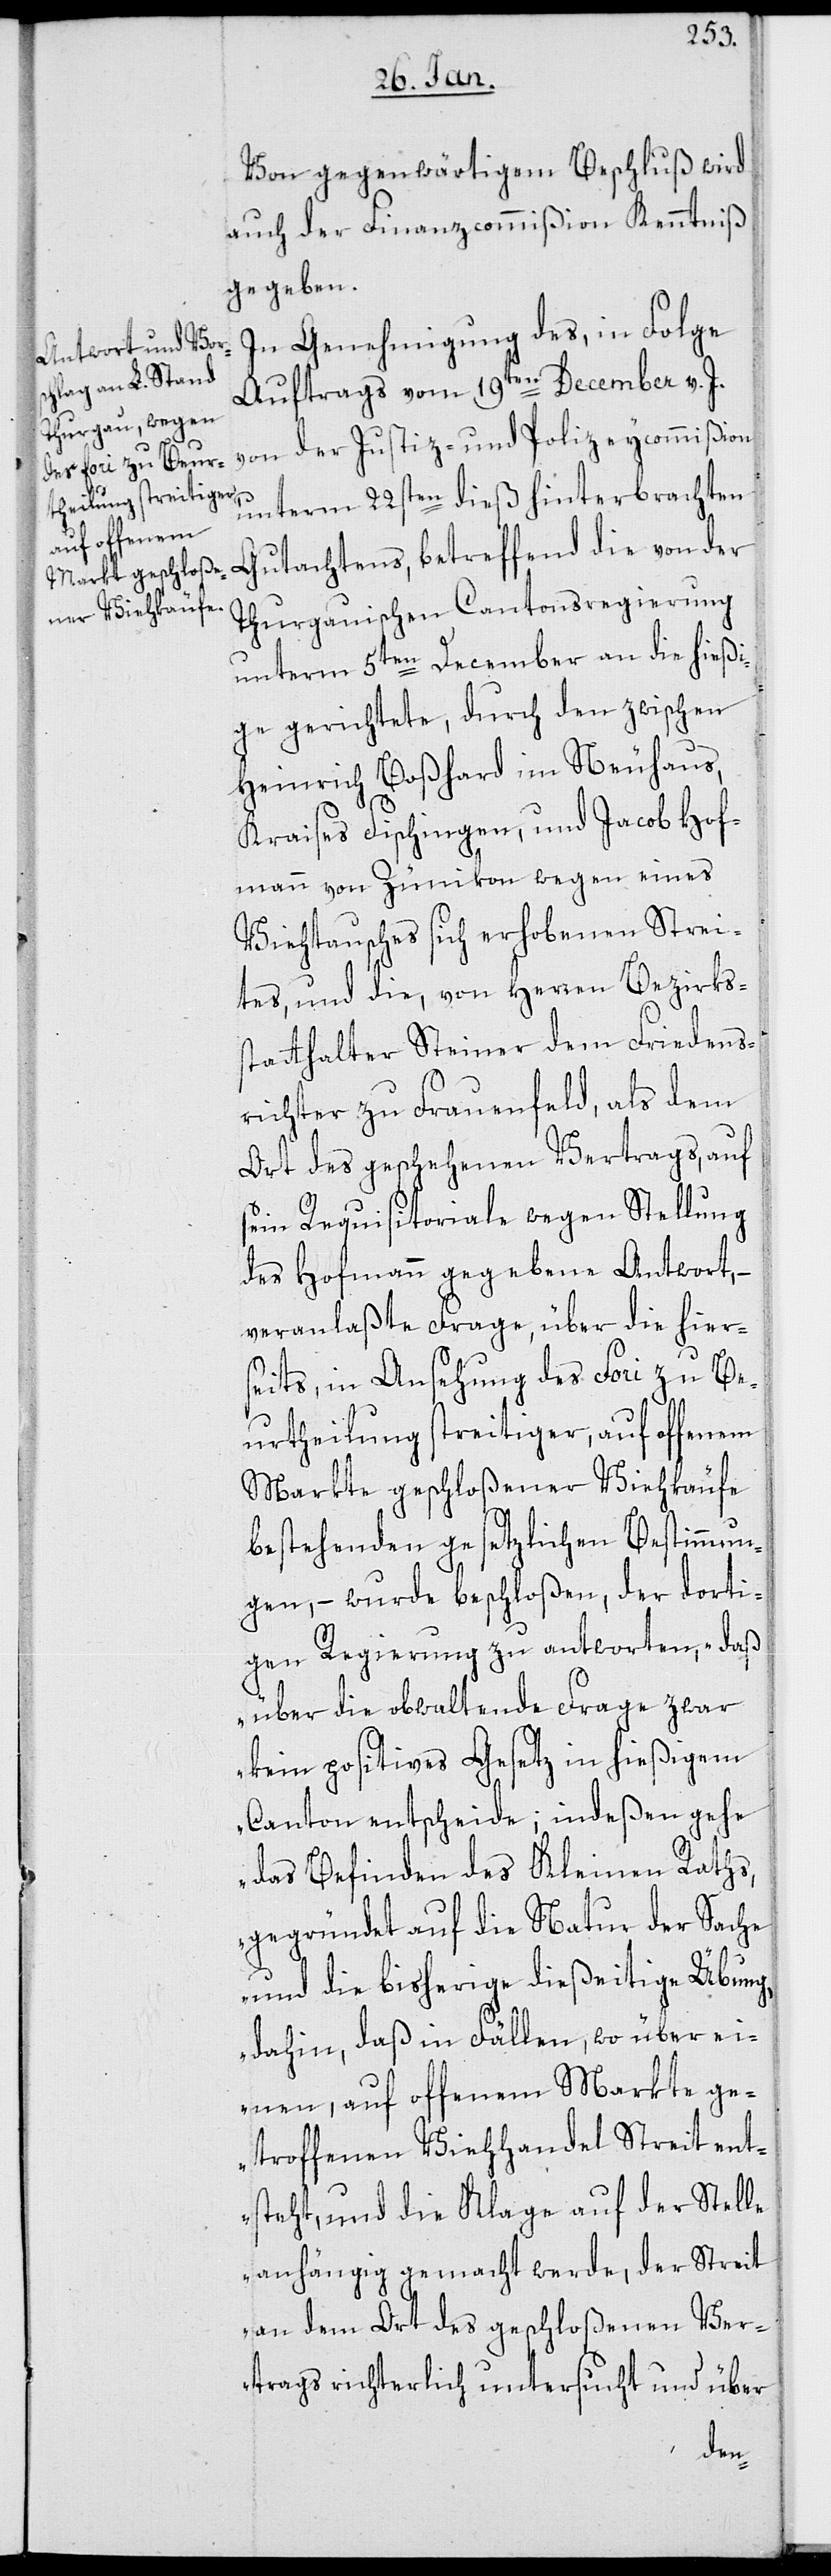
Von gegenwärtigem Beschluß wird
auch der Finanzcommißion Kenntniß
gegeben.
In Genehmigung des, in Folge
Auftrags vom 19ten December v. J.
von der Justiz- und Polizeycommißion
unterm 22sten dieß hinterbrachten
Thurgauischen Cantonsregierung
unterm 5ten December an die hießi¬
ge gerichtete, durch den zwischen
Heinrich Boßhard im Neuhaus,
Kraises Fischingen, und Jacob Hof¬
mann von Zünikon wegen eines
Viehtausches sich erhobenen Strei¬
tes, und die, von Herren Bezirks¬
statthalter Steiner dem Friedens¬
richter zu Frauenfeld, als dem
Ort des geschehenen Vertrags, auf
sein Requisitoriale wegen Stellung
des Hofmann gegebene Antwort, –
veranlaßte Frage, über die hier¬
seits, in Ansehung des Fori zu Be¬
urtheilung streitiger, auf offenem
Markte geschloßener Viehkäufe
bestehenden gesetzlichen Bestimmun¬
gen, – wurde beschloßen, der dorti¬
gen Regierung zu antworten, „daß
über die obwaltende Frage zwar
kein positives Gesetz in hießigem
Canton entscheide; indeßen gehe
das Befinden des Kleinen Raths,
gegründet auf die Natur der Sache
und die bisherige dießeitige Übung,
dahin, daß in Fällen, wo über ei¬
nen auf offenem Markte ge¬
troffenen Viehhandel Streit ent¬
steht, und die Klage auf der Stelle
anhängig gemacht werde, der Streit
an dem Ort des geschloßenen Ver¬
trags richterlich untersucht und über
der